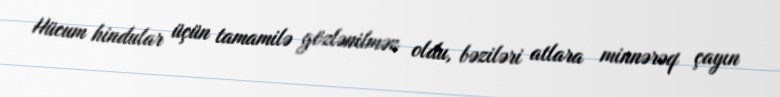
Hücum hindular üçün tamamilə gözlənilməz oldu, bəziləri atlara minnərəq çayın